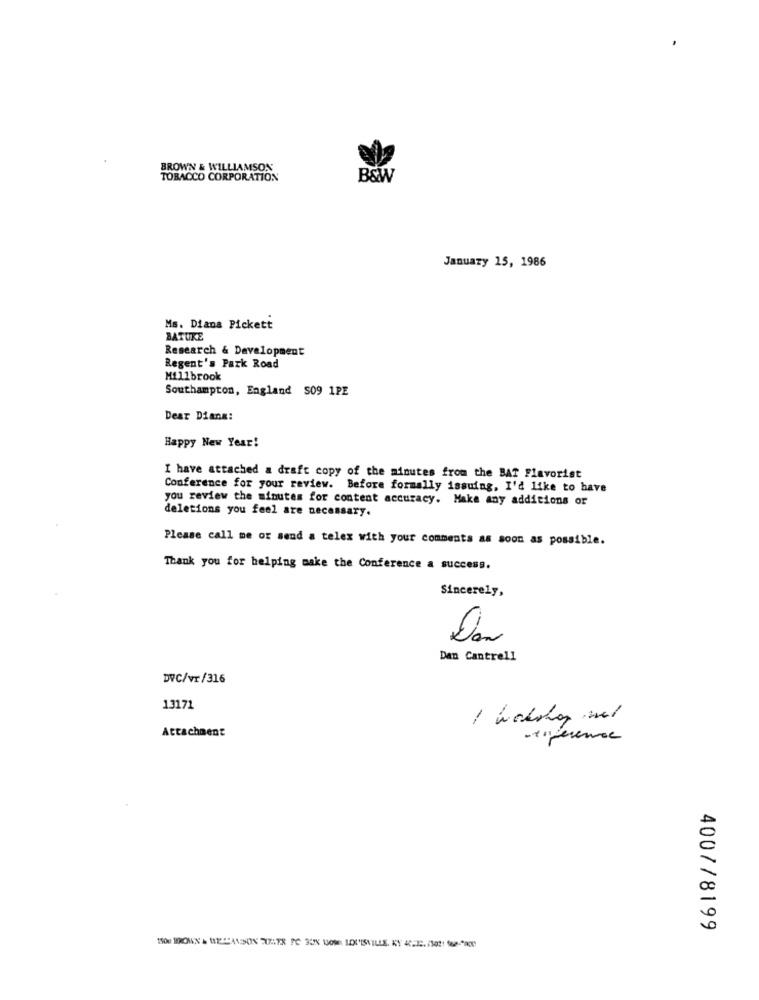
BROWN & WILLIAMSON
TOBACCO CORPORATION
B&W
January 15, 1986
Ms. Diana Pickett
BATUKE
Research & Development
Regent's Park Road
Millbrook
Southampton, England S09 1PE
Dear Diana:
Happy New Year!
I have attached a draft copy of the minutes from the BAT Flavorist
Conference for your review. Before formally issuing, I'd like to have
you review the minutes for content accuracy. Make any additions or
deletions you feel are necessary.
Please call me or send a telex with your comments as soon as possible.
Thank you for helping make the Conference a success.
Sincerely,
Dan
Dan Cantrell
DVC/vr/316
13171
Attachment
4007/8199